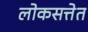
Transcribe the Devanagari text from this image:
लोकसत्तेत